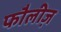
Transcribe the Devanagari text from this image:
फौलीज़